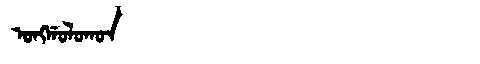
Manchu: ᠣᠩᡤᠣᠯᠣᡴᠣᠨ
Romanization: ONGGOLOKON